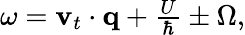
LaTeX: \begin{array}{r}{\omega={\mathbf v}_{t}\cdot{\mathbf q}+\frac{U}{\hbar}\pm\Omega,}\end{array}